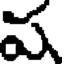
ప